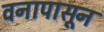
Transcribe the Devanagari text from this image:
वनापासून